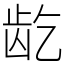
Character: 龁